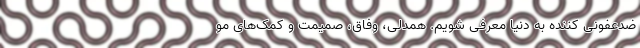
ضدعفونی کننده به دنیا معرفی شویم. همدلی، وفاق، صمیمت و کمک‌های مو